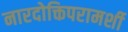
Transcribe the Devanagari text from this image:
नारदोक्तिपरामर्शी